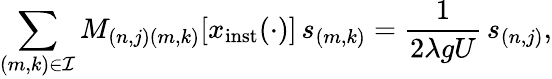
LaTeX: \sum_{(m,k)\in\mathcal{I}}M_{(n,j)(m,k)}\lbrack x_{\mathrm{inst}}(\cdot)\rbrack\, s_{(m,k)}=\frac{1}{2\lambda gU}\, s_{(n,j)},